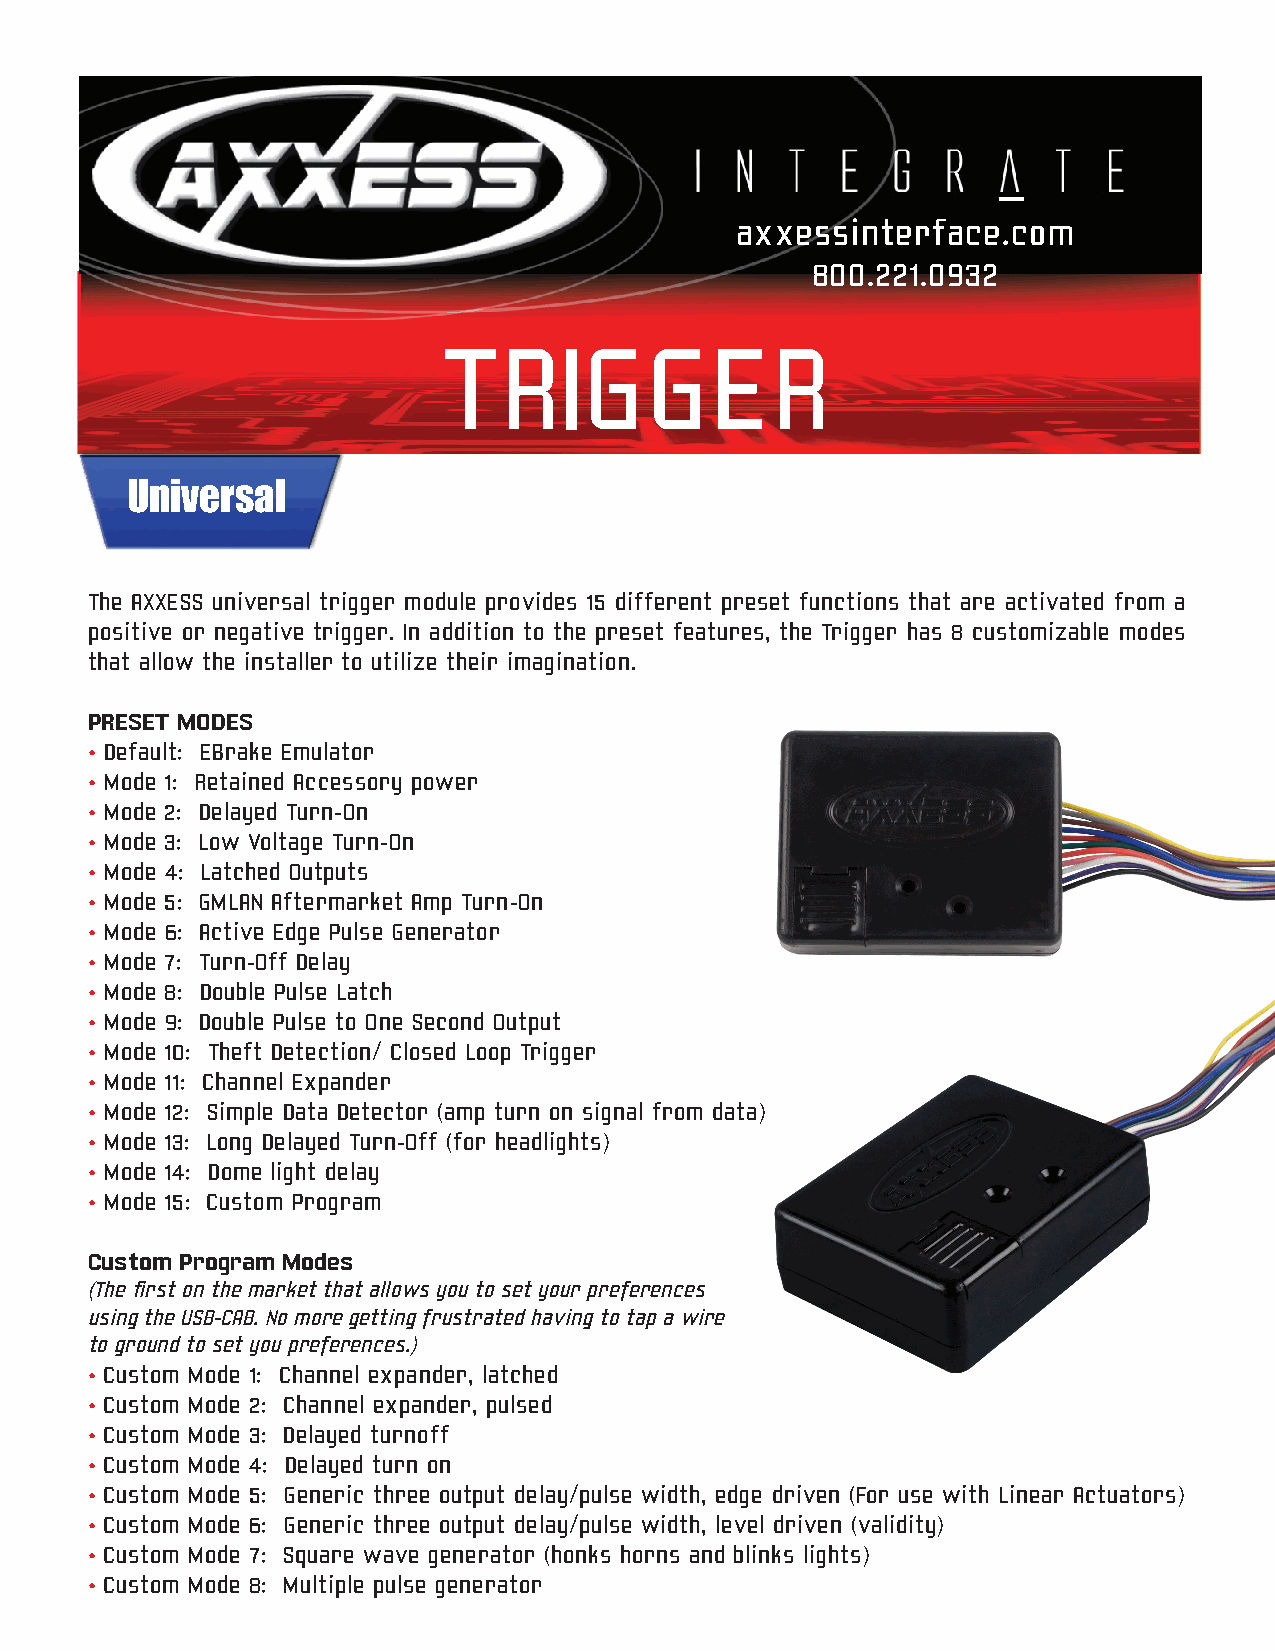
axxessinterface.com
 800.221.0932
 TRIGGER
 Universal
 The AXXESS universal trigger module provides 15 different preset functions that are activated from a
 positive or negative trigger. In addition to the preset features, the Trigger has 8 customizable modes
 that allow the installer to utilize their imagination.
 PRESET MODES
 • Default: EBrake Emulator
 • Mode 1: Retained Accessory power
 • Mode 2: Delayed Turn-On
 • Mode 3: Low Voltage Turn-On
 • Mode 4: Latched Outputs
 • Mode 5: GMLAN Aftermarket Amp Turn-On
 • Mode 6: Active Edge Pulse Generator
 • Mode 7: Turn-Off Delay
 • Mode 8: Double Pulse Latch
 • Mode 9: Double Pulse to One Second Output
 • Mode 10: Theft Detection/ Closed Loop Trigger
 • Mode 11: Channel Expander
 • Mode 12: Simple Data Detector (amp turn on signal from data)
 • Mode 13: Long Delayed Turn-Off (for headlights)
 • Mode 14: Dome light delay
 • Mode 15: Custom Program
 Custom Program Modes
 (The first on the market that allows you to set your preferences
 using the USB-CAB. No more getting frustrated having to tap a wire
 to ground to set you preferences.)
 • Custom Mode 1: Channel expander, latched
 • Custom Mode 2: Channel expander, pulsed
 • Custom Mode 3: Delayed turnoff
 • Custom Mode 4: Delayed turn on
 • Custom Mode 5: Generic three output delay/pulse width, edge driven (For use with Linear Actuators)
 • Custom Mode 6: Generic three output delay/pulse width, level driven (validity)
 • Custom Mode 7: Square wave generator (honks horns and blinks lights)
 • Custom Mode 8: Multiple pulse generator